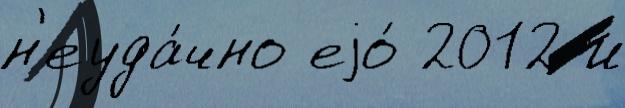
н'еуда́чно еjо́ 2012 и